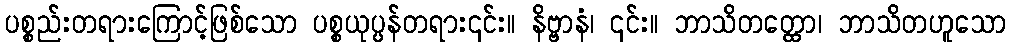
ပစ္စည်းတရားကြောင့်ဖြစ်သော ပစ္စယုပ္ပန်တရား၎င်း။ နိဗ္ဗာနံ၊ ၎င်း။ ဘာသိတတ္ထော၊ ဘာသိတဟူသော